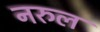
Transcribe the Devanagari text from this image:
नरुल